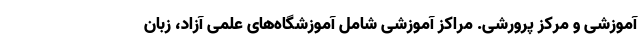
آموزشی و مرکز پرورشی. مراکز آموزشی شامل آموزشگاه‌های علمی آزاد، زبان